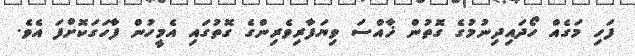
ފަހި މަގެއް ހޯދައިދިނުމުގެ ގޮތުން ޚާއްސަ ވިޔަފާރިވެރިންގެ ގޮތުގައި އެމީހުން ފާހަގަކޮށްފަ އެވެ.